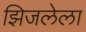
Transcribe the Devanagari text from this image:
झिजलेला